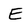
Character: E